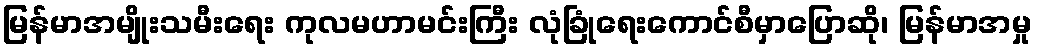
မြန်မာအမျိုးသမီးရေး ကုလမဟာမင်းကြီး လုံခြုံရေးကောင်စီမှာပြောဆို၊ မြန်မာအမှု